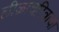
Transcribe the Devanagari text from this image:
लीळाचरित्राचा